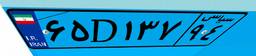
۶۵D۱۳۷۹۴